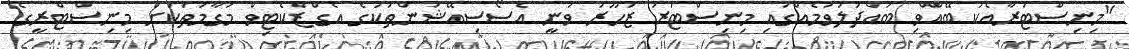
"މިނިސްޓަރާއެކު ބޭއްވި ބައްދަލުވުމެއްގައި މިނިސްޓަރު ޒުހޫރު ވަނީ އެސޯސިއޭޝަންތަކުގެ އެގްޒެކެޓިވް މަގާމުތަކަށް މިނިސްޓްރީގެ